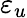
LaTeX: \varepsilon_{u}